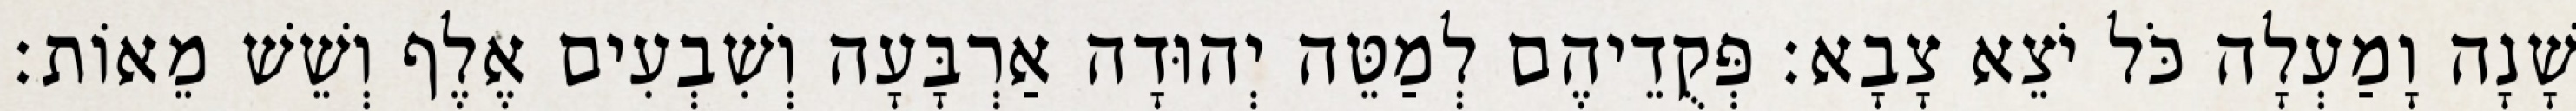
שָׁנָה וָמַעְלָה כֹּל יֹצֵא צָבָא׃ פְּקֻדֵיהֶם לְמַטֵּה יְהוּדָה אַרְבָּעָה וְשִׁבְעִים אֶלֶף וְשֵׁשׁ מֵאוֹת׃